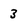
Character: 3